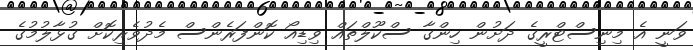
ވަނީ އެ މިނިސްޓްރީގެ ދަށުން ހިންގާ ސްކޫލްތައް ވިޑިއޯ ކޮންފަރެންސް މެދުވެރިކޮށް ގުޅާލުމުގެ